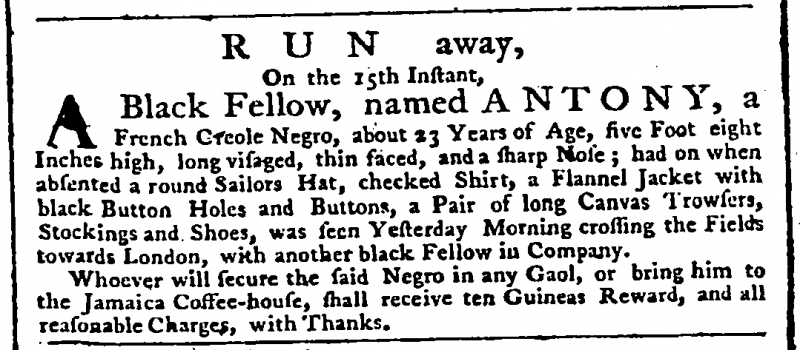
Public Advertiser, 17 September 1761 (England)
              R  U  N   away,              On the 15th Instant, A Black Fellow, named ANTONY, a French Creole Negro, about 23 Years of Age, five Foot eight Inches high, long visaged, thin faced, and a sharp Nose; had on when absented a round Sailors Hat, checked Shirt, a Flannel Jacket with black Button Holes and Buttons, a Pair of long Canvas Trowsers, Stockings and Shoes, was seen Yesterday Morning crossing the Fields towards London, with another black Fellow in Company.   Whoever will secure the said Negro in any Gaol, or bring him to the Jamaica Coffee-house, shall receive ten Guineas Reward, and all reasonable Charges, with Thanks.